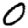
Digit: 0